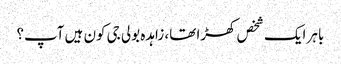
باہر ایک شخص کھڑا تھا، زاہدہ بولی جی کون ہیں آپ؟